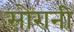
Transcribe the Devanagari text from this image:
सोरानी